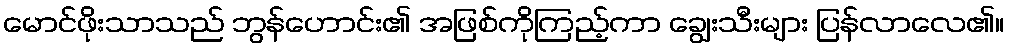
မောင်ဖိုးသာသည် ဘွန်ဟောင်း၏ အဖြစ်ကိုကြည့်ကာ ချွေးသီးများ ပြန်လာလေ၏။